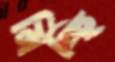
নিচ্ছি